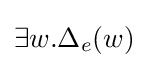
\exists w.\Delta _{e}(w)